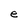
Character: e